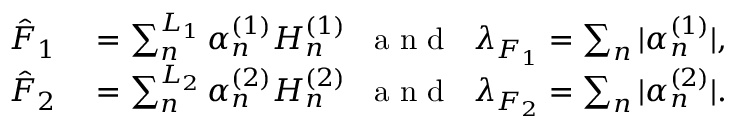
\begin{array} { r l } { \hat { F } _ { 1 } } & { { } = \sum _ { n } ^ { L _ { 1 } } \alpha _ { n } ^ { ( 1 ) } H _ { n } ^ { ( 1 ) } \; \; \mathrm { ~ a ~ n ~ d ~ } \; \; \lambda _ { F _ { 1 } } = \sum _ { n } | \alpha _ { n } ^ { ( 1 ) } | , } \\ { \hat { F } _ { 2 } } & { { } = \sum _ { n } ^ { L _ { 2 } } \alpha _ { n } ^ { ( 2 ) } H _ { n } ^ { ( 2 ) } \; \; \mathrm { ~ a ~ n ~ d ~ } \; \; \lambda _ { F _ { 2 } } = \sum _ { n } | \alpha _ { n } ^ { ( 2 ) } | . } \end{array}